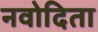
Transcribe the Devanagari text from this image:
नवोदिता